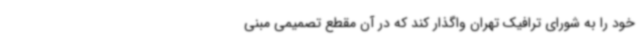
خود را به شورای ترافیک تهران واگذار کند که در آن مقطع تصمیمی مبنی